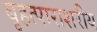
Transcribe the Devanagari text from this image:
बृहत्पाराशरीय